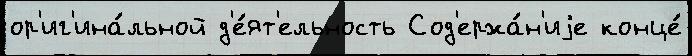
ор'иг'ина́льной д'е́ят'ельность Сод'ержа́н'иjе конце́